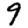
Digit: 9